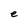
Character: e